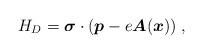
LaTeX: \begin{align*}H_D = \boldsymbol{\sigma} \cdot (\boldsymbol{p}-e\boldsymbol{A}(\boldsymbol{x}))\;,\end{align*}